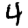
Digit: 4